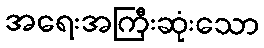
အရေးအကြီးဆုံးသော